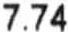
7.74